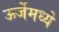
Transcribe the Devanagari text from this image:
ऊर्जेमध्ये